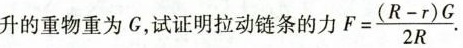
升的重物重为G，试证明拉动链条的力 $$F = \frac{(R-r)G} {2R}$$.